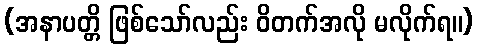
(အနာပတ္တိ ဖြစ်သော်လည်း ဝိတက်အလို မလိုက်ရ။)